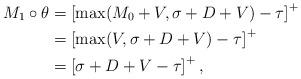
LaTeX: \begin{align*}M_{1} \circ \theta &= \left[ \max(M_0 + V, \sigma + D +V) - \tau \right]^+ \\ &= \left[ \max(V, \sigma + D +V) - \tau \right]^+ \\ &= \left[ \sigma + D +V- \tau \right]^+,\end{align*}